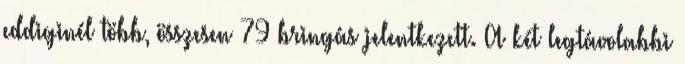
eddiginél több, összesen 79 bringás jelentkezett. A két legtávolabbi